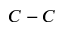
C - C